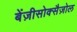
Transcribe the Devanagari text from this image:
बेंज़ीसोक्सैज़ोल